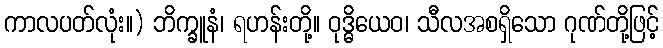
ကာလပတ်လုံး။) ဘိက္ခူနံ၊ ရဟန်းတို့။ ဝုဒ္ဓိယေဝ၊ သီလအစရှိသော ဂုဏ်တို့ဖြင့်